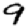
Digit: 9